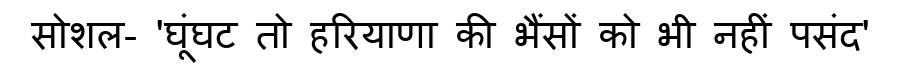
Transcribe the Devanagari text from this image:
सोशल- 'घूंघट तो हरियाणा की भैंसों को भी नहीं पसंद'